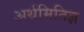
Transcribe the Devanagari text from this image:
अर्थमितिज्ञ